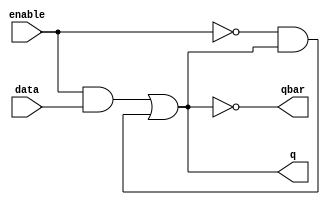
`timescale 1ns / 1ps

module DLatch(data,enable, q, qbar);
	input data, enable;
	output q,qbar;
	
	assign qbar = ~((enable && data) | (~enable & q));
	assign q = ~qbar;


endmodule